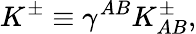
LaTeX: K^{\pm}\equiv\gamma^{AB}K_{AB}^{\pm},